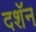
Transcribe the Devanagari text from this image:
दशॅन